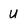
Character: u